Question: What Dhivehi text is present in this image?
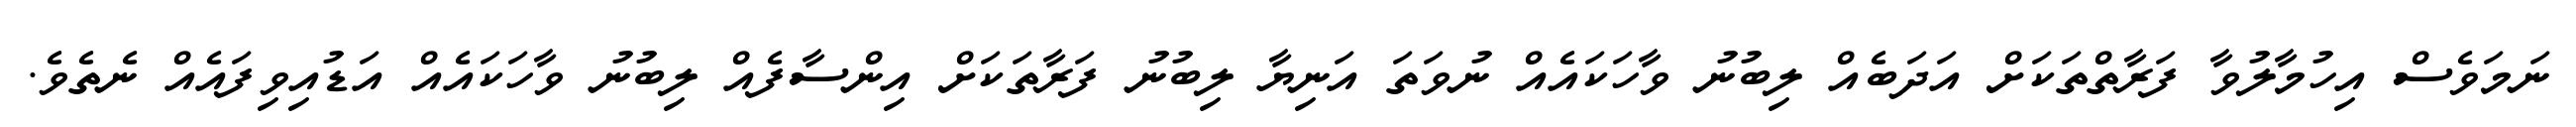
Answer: ނަމަވެސް އިހުމާލުވާ ފަރާތްތަކަށް އަދަބެއް ލިބުނު ވާހަކައެއް ނުވަތަ އަނިޔާ ލިބުނު ފަރާތަކަށް އިންސާފެއް ލިބުނު ވާހަކައެއް އަޑުއިވިފައެއް ނެތެވެ.